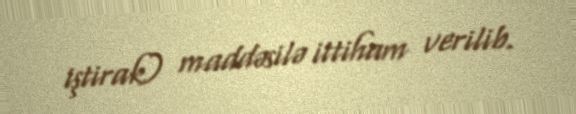
iştirak) maddəsilə ittiham verilib.